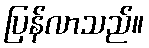
ပြန်လာသည်။